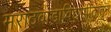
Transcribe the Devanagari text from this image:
मराठवाडाविद्यापीठातून